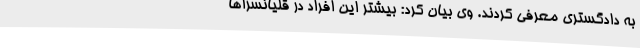
به دادگستری معرفی کردند. وی بیان کرد: بیشتر این افراد در قلیانسراها